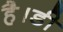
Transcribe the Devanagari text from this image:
है।डी